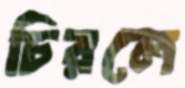
চিরলে